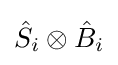
{\hat {S}}_{i}\otimes {\hat {B}}_{i}